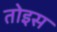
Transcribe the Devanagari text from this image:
तोइस